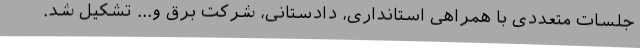
جلسات متعددی با همراهی استانداری، دادستانی، شرکت برق و... تشکیل شد.